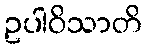
ဥပါဝိသာတိ